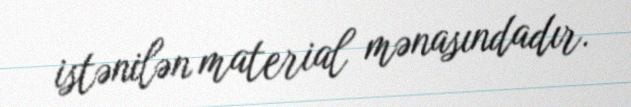
istənilən material mənasındadır.